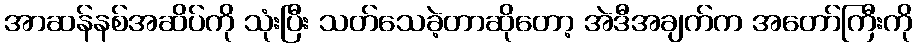
အာဆန်နစ်အဆိပ်ကို သုံးပြီး သတ်သေခဲ့တာဆိုတော့ အဲဒီအချက်က အတော်ကြီးကို